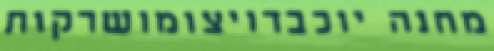
מחנה יוכבדויצומושרקות